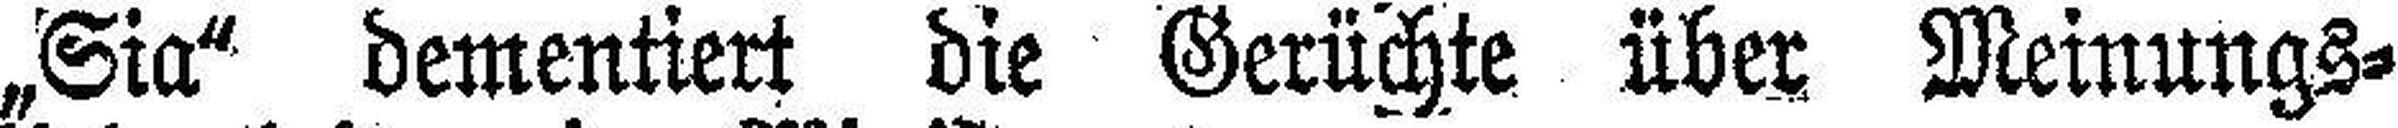
„Sia“ dementiert die Gerüchte über Meinungs¬